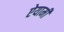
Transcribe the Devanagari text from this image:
ऐयामी